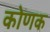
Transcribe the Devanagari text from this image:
कोणक